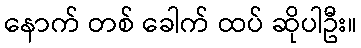
နောက် တစ် ခေါက် ထပ် ဆိုပါဦး။